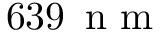
6 3 9 \, \mathrm { ~ n ~ m ~ }